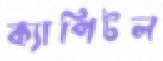
ক্যাপিটল